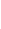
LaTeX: I\! \! \! \! \! \! \! \! \! \! \! \! _{\! \! \! \! \! \! \! \! \! \! \! \! \partial\! \! \! \! \! \! \! \! \! \! \! \! B\! \! \! \! \! \! \! \! \! \! \! \! _{\! }\! \! \! \! \! \! \! \! \! \! \! 1}\! \! \! \! \! \! \! \! \! \! \! \! (\mathcal{Z}\! \! \! \! \! \! \! \! \! \! \! \! )\! \! \! \! \! \! \! \! \! \! \! \! =I\! \! \! \! \! \! \! \! \! \! \! \! _{\! \! \! \! \! \! \! \! \! \! \! \! \partial\! \! \! \! \! \! \! \! \! \! \! \! B\! \! \! \! \! \! \! \! \! \! \! \! _{\! }\! \! \! \! \! \! \! \! \! \! \! 0}\! \! \! \! \! \! \! \! \! \! \! \! (\mathcal{Z}\! \! \! \! \! \! \! \! \! \! \! \! )\! \! \! \! \! \! \! \! \! \! \! \! .\! \! \! \! \! \! \! \! \! \! \!